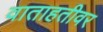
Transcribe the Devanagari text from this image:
वाताहतीवर